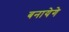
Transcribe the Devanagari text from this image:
बनायेगे